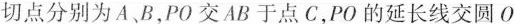
，切点分别为A、B，PO交AB于点C，PO的延长线交圆O；